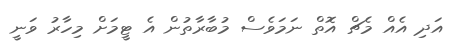
އަދި އެއް މެޗް އޮތް ނަމަވެސް މުބާރާތުން އެ ޓީމަށް މިހާރު ވަނީ